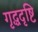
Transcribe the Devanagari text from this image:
गृद्धदृष्टि